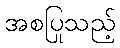
အစပြုသည့်